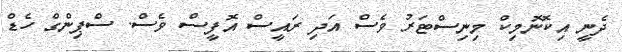
ދެނީ އިކޮނޮމިކް މިނިސްޓަރު ވެސް އަދި ރައީސް އޮފީސް ވެސް. ސްޕިންގް ހެޑް